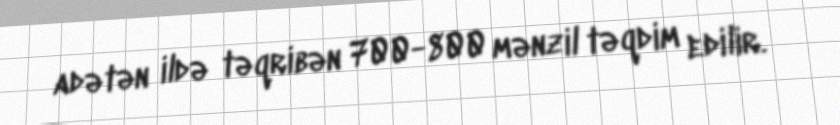
adətən ildə təqribən 700-800 mənzil təqdim edilir.